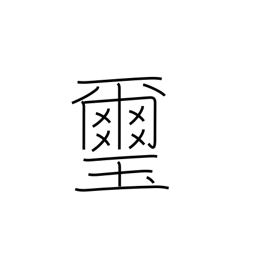
Meaning: emperor's seal